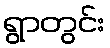
ရွာတွင်း